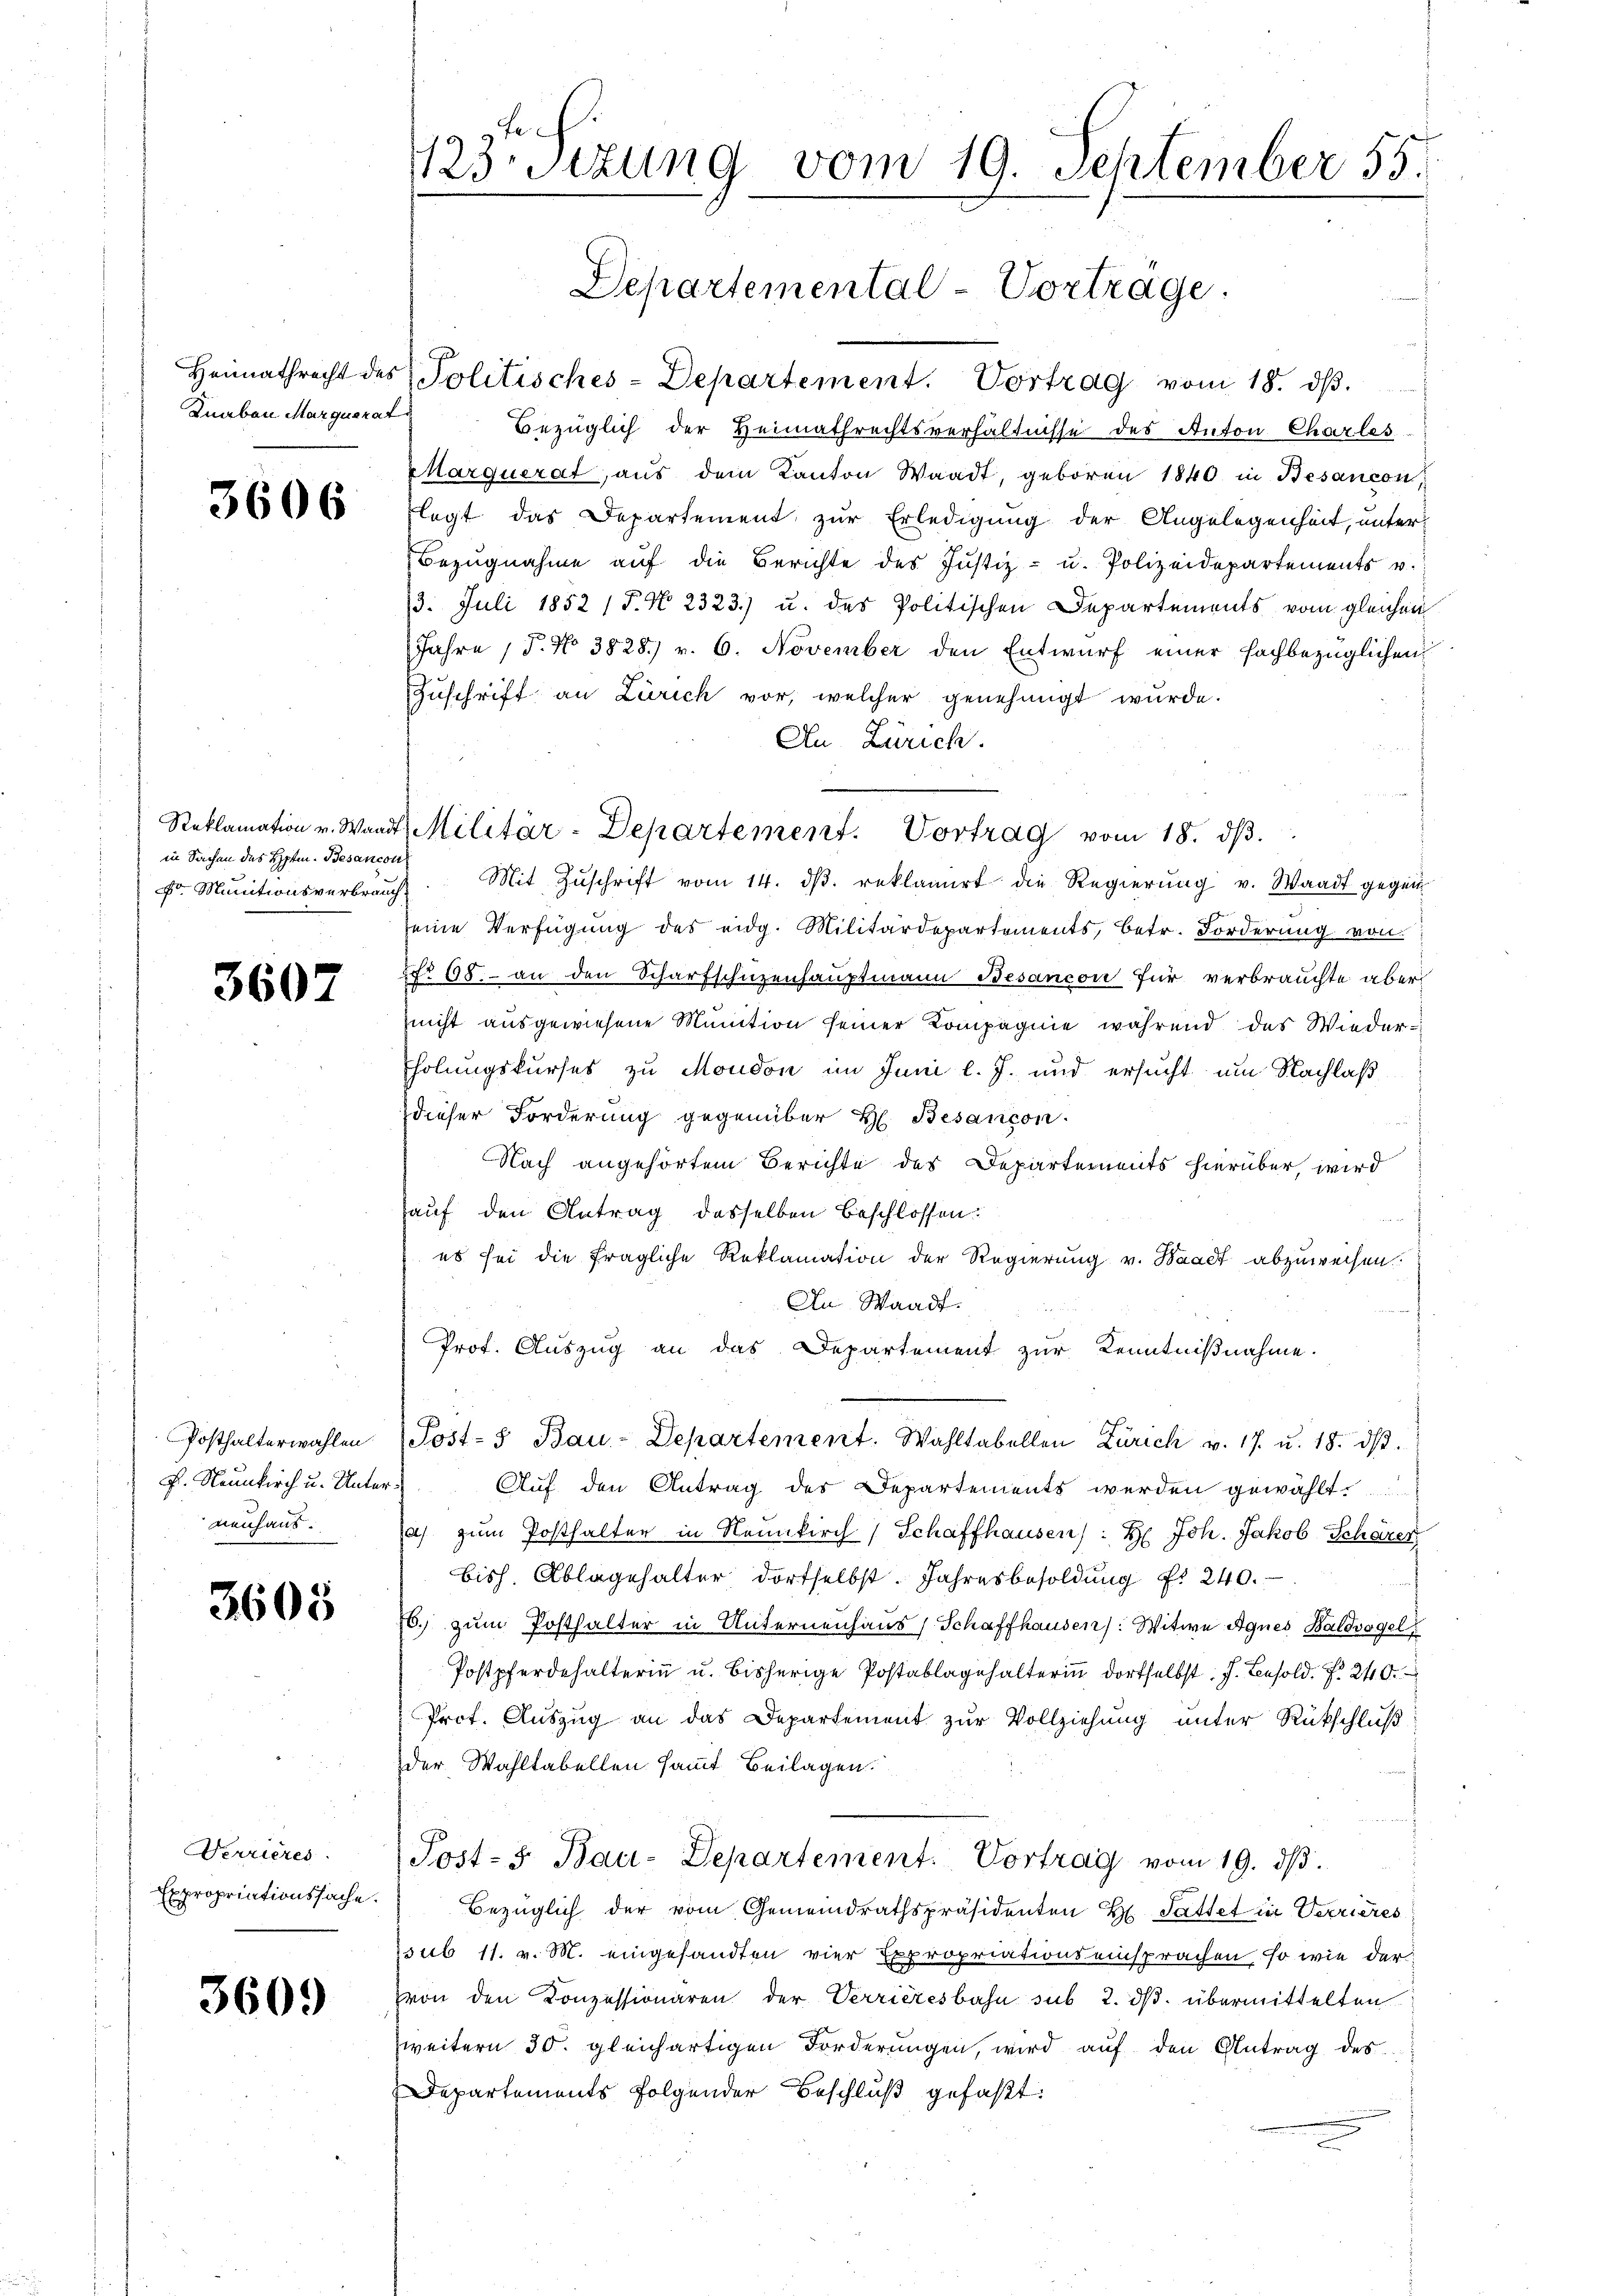
Knaben Marquerat

3606

in Sachen des Hptm. Besancon

3607

Posthalterwahlen.
F. Neunkirch u. Unternenhaus.

3605

Nerrieres
Expropriationssache.

3609

Fe
23sizung vom 19. September 55.

Heimathrecht des Politisches-Departement. Vortrag vom 18. dβ.
Bezüglich der Heimathrechtsverhältnisse des Anton Charles
Marquerat, aus dem Kanton Waadt, geboren 1840 in Besançon,
flegt das Departement zur Erledigung der Angelegenheit, unter
Bezugnahme auf die Berichte des Justiz- u. Polizeidepartements v.
13. Juli 1852 (T. N. 2323) u. des Politischen Departements vom gleichen
Jahre, P. No 3828. v. 6. November den Entwurf einer hochbezüglichen
Zuschrift an Zürich vor, welcher genehmigt wurde.
An Zürich.
Fr Munitionsverbrauch. Mit Zŭschrift vom 14. dβ. reklamirt die Regierŭng v. Waadt gegen
seine Verfügung des eidg. Militärdepartements, betr. Forderung von
No 68. an den Scharfschüzenhauptmann Besancon für verbrauchte aber
nicht ausgewiesene Munition seiner Kompagnie während das Wiederholungskurses zu Moudon im Juni l. J. und ersucht um Nachlaß
dieser Forderung gegenüber H. Besançon.
Nach angehörtem Berichte des Departements hierüber, wird
auf den Antrag desselben beschlossen:
es sei die fragliche Reklamation der Regierung v. Waadt abzuweisen.
An Waadt.
Prof. Auszug an das Departement zur Kenntnißnahme.
Post- Bau-Departement. Wahltabellen Zürich v. 17. u. 18. dβ.
Auf den Antrag des Departements werden gewählt.
a) zum Posthalter in Neunkirch / Schaffhausen): H: Joh. Jakob Schärer
bis. Ablagehalter dortselbst. Jahresbesoldŭng f. 240.
6. zum Posthalter in Unternenhaus, Schaffhausen): Witwe Agnes Baldvogel
Postpferdehalterin u. bisherige Postablagehalterinn dortselbst. J. Besold. . 240.
Prot. Auszug an das Departement zur Vollziehung unter Rückschluß
der Wahltabellen sammt Beilagen.
Post- 3. Bau-Departement. Vortrag vom 19. ds.
Bezüglich der vom Gemeindrathspräsidenten H. Sattet in Verrieres
sub 11. v. M. eingesandten vier Expropriationseinsprachen, so wie der
von den Konzessionären der Verrieresbahn sub 2. dβ. übermittelten
weitern 30. gleichartigen Forderungen, wird aŭf den Antrag des
Departements folgender Beschluß gefaßt:

Reklamation v. Waadt, Militär-Departement. Vortrag vom 18. dβ.

Departemental-Vorträge.